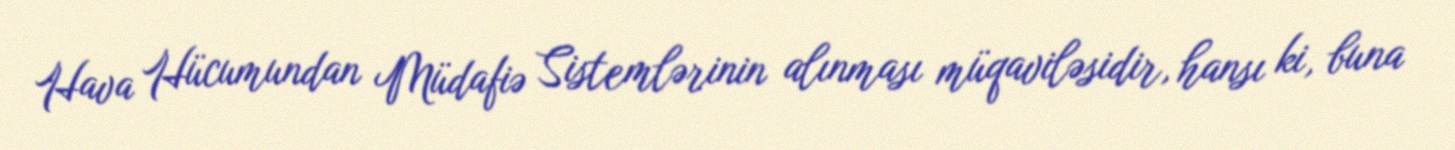
Hava Hücumundan Müdafiə Sistemlərinin alınması müqaviləsidir, hansı ki, buna